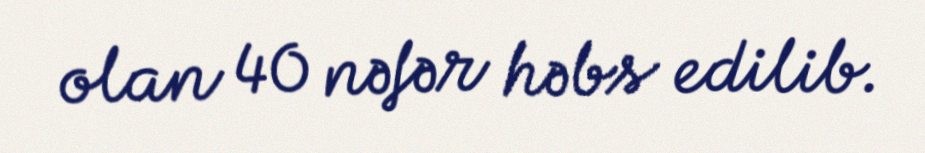
olan 40 nəfər həbs edilib.